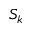
S _ { k }